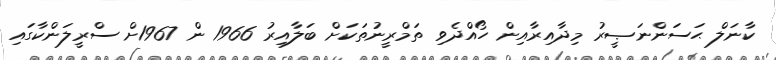
ކާނަލް ޙަސަންނަޞީރު މިދާއިރާއިން ހޯއްދެވި ތަމްރީނުތަކަށް ބަލާއިރު 1966 ން 1967ށް ސްރީލަންކާގައި